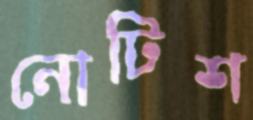
নোটিশ